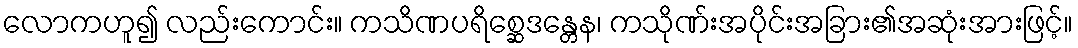
လောကဟူ၍ လည်းကောင်း။ ကသိဏပရိစ္ဆေဒန္တေန၊ ကသိုဏ်းအပိုင်းအခြား၏အဆုံးအားဖြင့်။